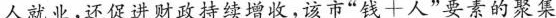
人就业，还促进财政持续增收，该市”钱十人”要素的聚集